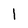
Character: l